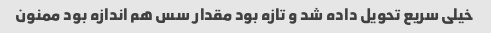
خیلی سریع تحویل داده شد و تازه بود مقدار سس هم اندازه بود ممنون